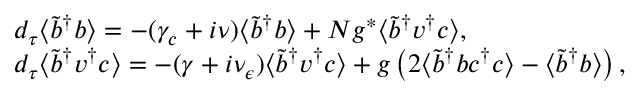
\begin{array} { r l } & { d _ { \tau } \langle \tilde { b } ^ { \dagger } b \rangle = - ( \gamma _ { c } + i \nu ) \langle \tilde { b } ^ { \dagger } b \rangle + N g ^ { * } \langle \tilde { b } ^ { \dagger } v ^ { \dagger } c \rangle , } \\ & { d _ { \tau } \langle \tilde { b } ^ { \dagger } v ^ { \dagger } c \rangle = - ( \gamma + i \nu _ { \epsilon } ) \langle \tilde { b } ^ { \dagger } v ^ { \dagger } c \rangle + g \left( 2 \langle \tilde { b } ^ { \dagger } b c ^ { \dagger } c \rangle - \langle \tilde { b } ^ { \dagger } b \rangle \right) , } \end{array}